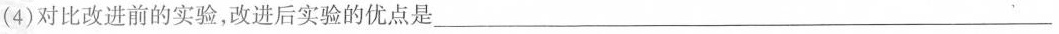
(4)对比改进前的实验，改进后实验的优点是___